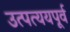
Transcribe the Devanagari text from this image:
उत्पत्ययपूर्व